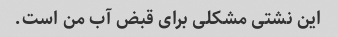
این نشتی مشکلی برای قبض آب من است.